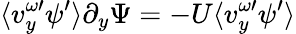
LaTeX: \langle v_{y}^{\omega\prime}\psi^{\prime}\rangle\partial_{y}\Psi=-U\langle v_{y}^{\omega\prime}\psi^{\prime}\rangle